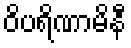
ဝိပရိဏာမိနီ